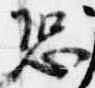
恐